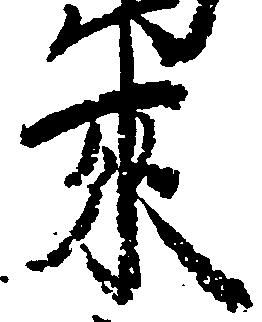
来